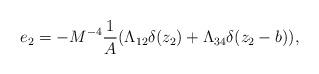
LaTeX: \begin{align*}e_2=-M^{-4}\frac{1}{A}(\Lambda_{12}\delta(z_2)+\Lambda_{34}\delta(z_2-b)),\end{align*}